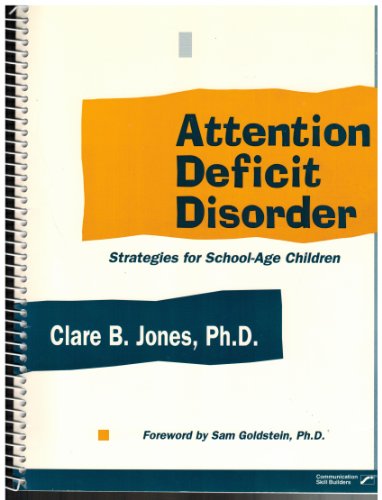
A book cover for Attention Deficit Disorder: Strategies for School-Age Children; Clare B. Jones; Health, Fitness & Dieting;